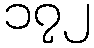
၁၇၂